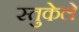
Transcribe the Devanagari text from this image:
स्तुकेले